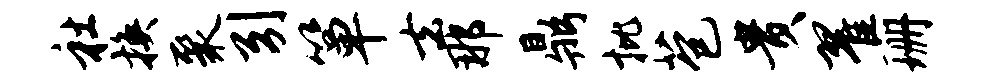
社换聚引箪去那鼎批苞贵翟珊